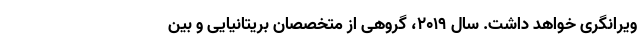
ویرانگری خواهد داشت. سال ۲۰۱۹، گروهی از متخصصان بریتانیایی و بین‌